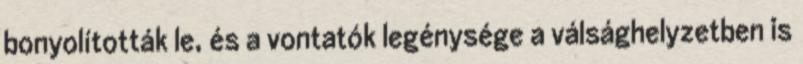
bonyolították le, és a vontatók legénysége a válsághelyzetben is